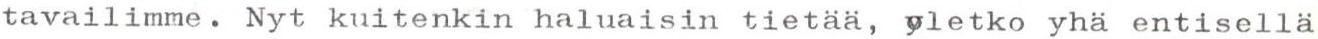
tavailimme. Nyt kuitenkin haluaisin tietää, oletko yhä entisellä